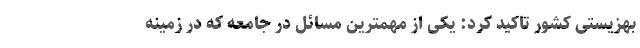
بهزیستی کشور تاکید کرد: یکی از مهمترین مسائل در جامعه که در زمینه